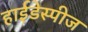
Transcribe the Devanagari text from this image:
हाईडेस्पीज